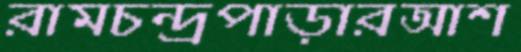
রামচন্দ্রপাড়ারআশ